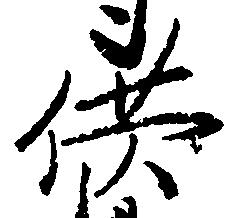
供